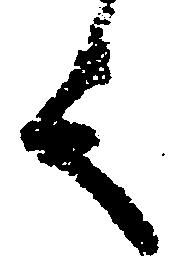
言